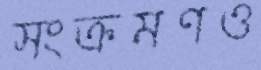
সংক্রমণও